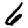
Digit: 6